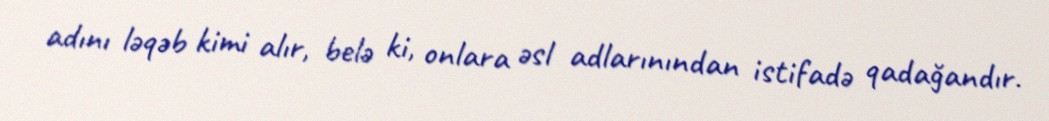
adını ləqəb kimi alır, belə ki, onlara əsl adlarınından istifadə qadağandır.